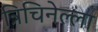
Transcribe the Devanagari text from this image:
त्रिचिनेल्ला